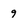
Character: 9